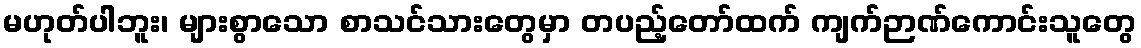
မဟုတ်ပါဘူး၊ များစွာသော စာသင်သားတွေမှာ တပည့်တော်ထက် ကျက်ဉာဏ်ကောင်းသူတွေ